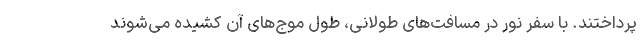
پرداختند. با سفر نور در مسافت‌های طولانی، طول موج‌های آن کشیده می‌شوند